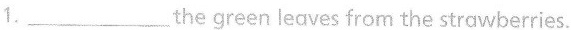
1.___the green leaves from the strawberries.